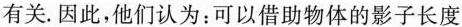
有关。因此，他们认为：可以借助物体的影子长度